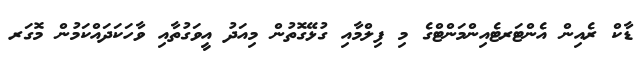
ޑާކް ރެއިން އެންޓަރޓެއިންމަންޓްގެ މި ފިލްމާއި ގުޅޭގޮތުން މިއަދު އީވަގުތާއި ވާހަކަދައްކަމުން މޮގަރ